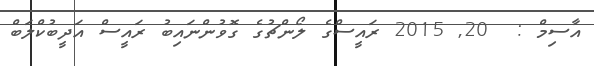
އާސިމް :  20